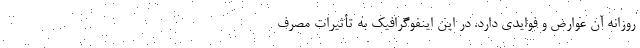
روزانه آن عوارض و فوایدی دارد. در این اینفوگرافیک به تأثیرات مصرف